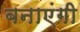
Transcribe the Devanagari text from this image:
बनाएंगी